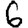
Digit: 6